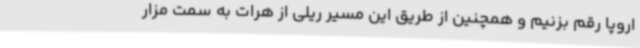
اروپا رقم بزنیم و همچنین از طریق این مسیر ریلی از هرات به سمت مزار